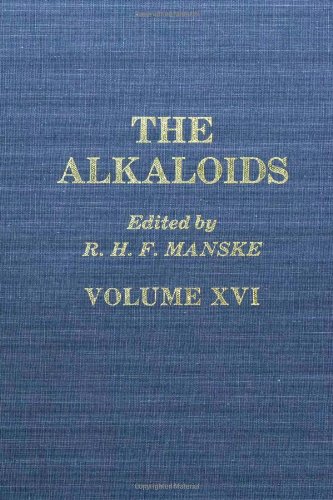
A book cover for The Alkaloids: Chemistry and Physiology, Vol. 16 (v. 16); Science & Math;